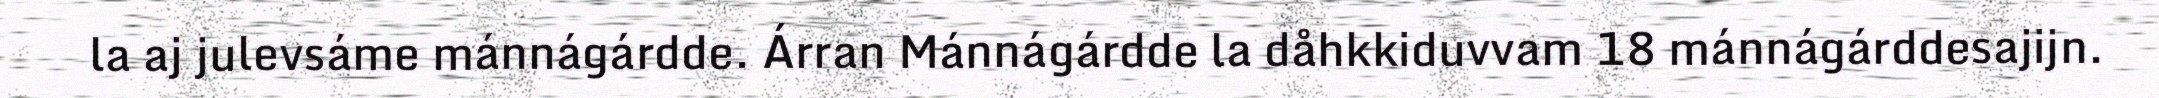
la aj julevsáme mánnágárdde. Árran Mánnágárdde la dåhkkiduvvam 18 mánnágárddesajijn.